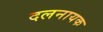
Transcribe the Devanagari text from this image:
दलनायक